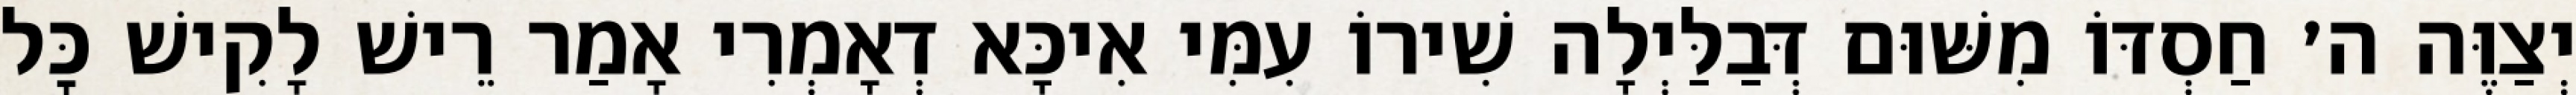
יְצַוֶּה ה׳ חַסְדּוֹ מִשּׁוּם דְּבַלַּיְלָה שִׁירוֹ עִמִּי אִיכָּא דְאָמְרִי אָמַר רֵישׁ לָקִישׁ כׇּל